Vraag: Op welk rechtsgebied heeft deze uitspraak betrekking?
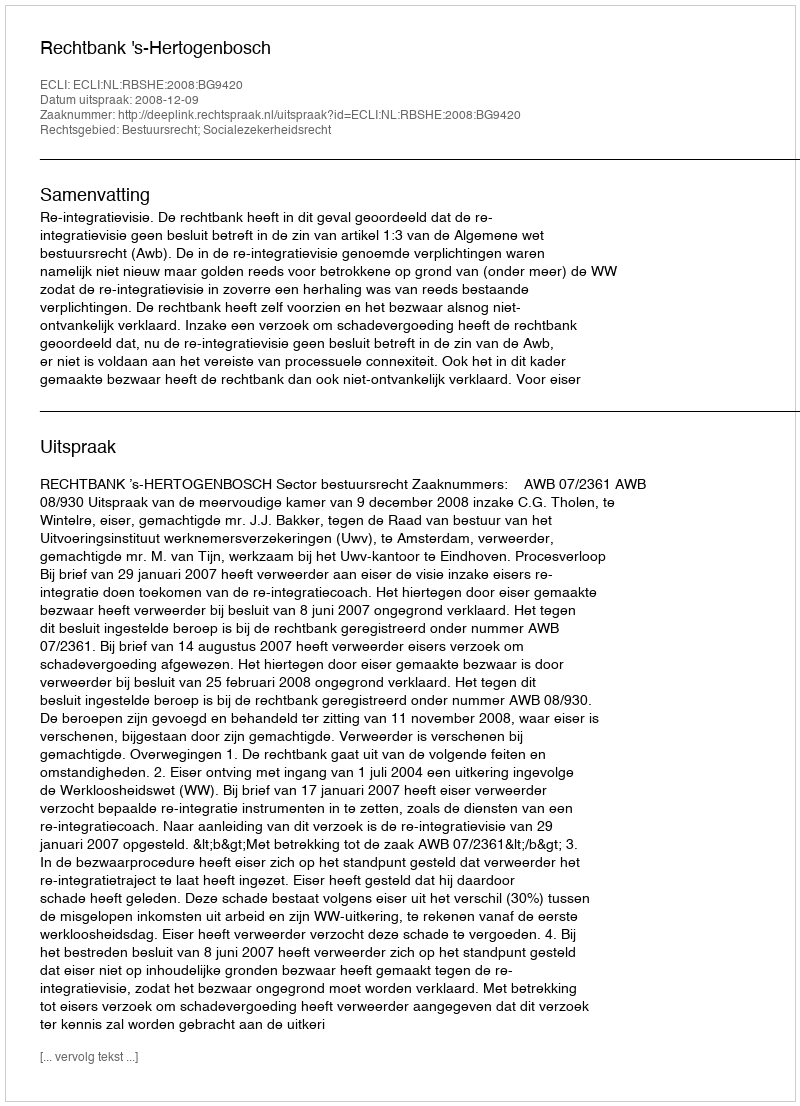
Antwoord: Bestuursrecht; Socialezekerheidsrecht